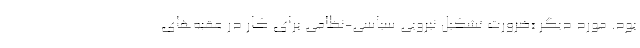
بود. مورد دیگر «ضرورت تشکیل نیرویی سیاسی-نظامی برای کار در عقبه‌های